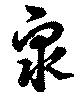
衆